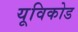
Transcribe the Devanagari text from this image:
यूविकोड